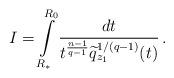
LaTeX: \begin{align*}I=\int\limits_{R_*}^{R_0}\frac{dt}{t^{\frac{n-1}{q-1}}\widetilde{q}_{z_1}^{1/(q-1)}(t)}\,.\end{align*}